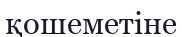
қошеметіне